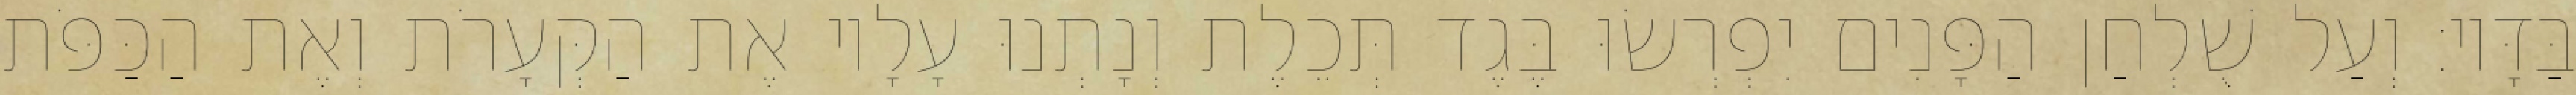
בַּדָּיו׃ וְעַל שֻׁלְחַן הַפָּנִים יִפְרְשׂוּ בֶּגֶד תְּכֵלֶת וְנָתְנוּ עָלָיו אֶת הַקְּעָרֹת וְאֶת הַכַּפֹּת